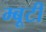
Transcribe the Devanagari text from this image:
म्बूटी